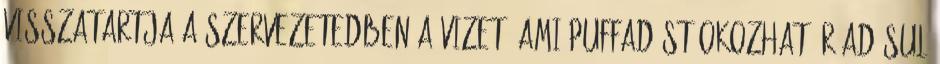
visszatartja a szervezetedben a vizet, ami puffadást okozhat. Ráadásul